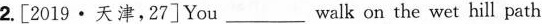
2.[2019·天津,27]You_ walk on the wet hill path